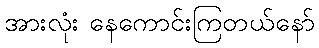
အားလုံး နေကောင်းကြတယ်နော်